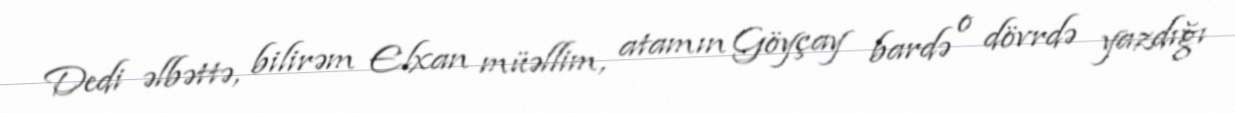
Dedi əlbəttə, bilirəm Elxan müəllim, atamın Göyçay bardə o dövrdə yazdığı